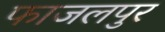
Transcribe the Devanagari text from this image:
फाजलपुर